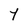
Character: Y